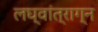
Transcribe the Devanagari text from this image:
लघ्वांत्राग्न